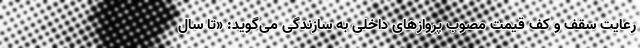
رعایت سقف و کف قیمت مصوب پروازهای داخلی به سازندگی می‌گوید: «تا سال